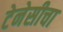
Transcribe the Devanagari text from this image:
टेनेसीचा